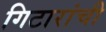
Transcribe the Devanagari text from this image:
गिटारांची